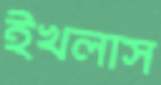
ইখলাস